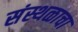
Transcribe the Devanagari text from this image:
संस्थळाचा